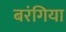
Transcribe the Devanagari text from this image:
बरंगिया